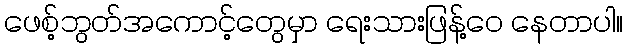
ဖေစ့်ဘွတ်အကောင့်တွေမှာ ရေးသားဖြန့်ဝေ နေတာပါ။